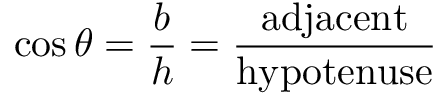
\cos \theta = { \frac { b } { h } } = { \frac { \mathrm { a d j a c e n t } } { \mathrm { h y p o t e n u s e } } }